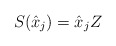
\begin{align*}S(\hat{x}_j)=\hat{x}_jZ\end{align*}